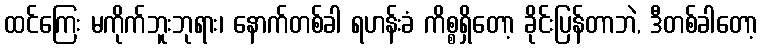
ထင်ကြေး မကိုက်ဘူးဘုရား၊ နောက်တစ်ခါ ရဟန်းခံ ကိစ္စရှိတော့ ခိုင်းပြန်တာဘဲ, ဒီတစ်ခါတော့